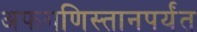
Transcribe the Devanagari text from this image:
अफगणिस्तानपर्यंत